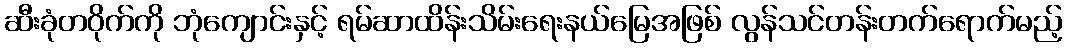
ဆီးခုံတဝိုက်ကို ဘုံကျောင်းနှင့် ရမ်ဆာထိန်းသိမ်းရေးနယ်မြေအဖြစ် လွန်သင်တန်းတက်ရောက်မည့်